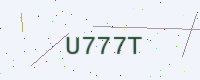
Text: U777T